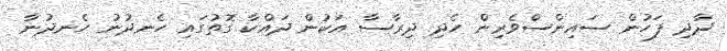
ދާދި ފަހުން ސައިންސްވެރިން ހެދި ދިރާސާ އަކުން ދައްކާ ގޮތުގައި ހެނދުނު ހެނދުނާ